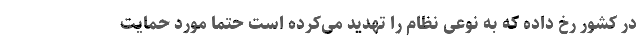
در کشور رخ داده که به نوعی نظام را تهدید می‌کرده است حتما مورد حمایت